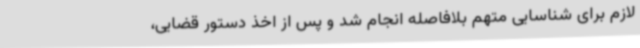
لازم برای شناسایی متهم بلافاصله انجام شد و پس از اخذ دستور قضایی،